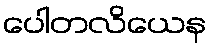
ပေါတလိယေန